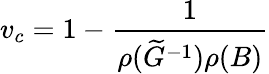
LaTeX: v_{c}=1-\frac{1}{\rho(\widetilde G^{-1})\rho(B)}